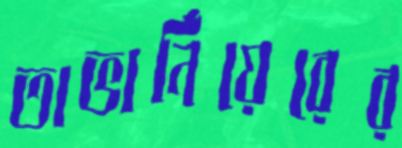
তাভার্নিয়েরের